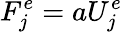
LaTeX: F_{j}^{e}=aU_{j}^{e}